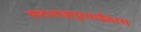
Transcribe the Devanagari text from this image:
बादशाहपुरमाईदास